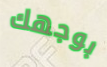
بوجهك